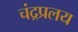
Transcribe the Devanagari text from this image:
चंद्रप्रलय